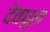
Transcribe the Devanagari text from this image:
देवधुरा